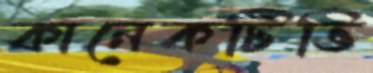
কানেকটিভি